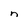
Character: n